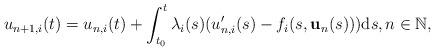
LaTeX: \begin{align*}u_{n+1,i}(t)=u_{n,i}(t)+\int_{t_0}^t\lambda_i(s)(u'_{n,i}(s)-f_i(s,\mathbf{u}_n(s)))\mathrm{d}s, n\in\mathbb{N},\end{align*}